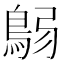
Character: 𩿴